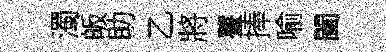
濁皈助乙將薹捧喻闔